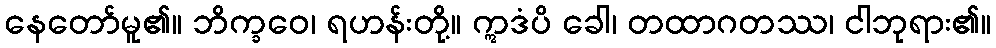
နေတော်မူ၏။ ဘိက္ခဝေ၊ ရဟန်းတို့။ ဣဒံပိ ခေါ၊ တထာဂတဿ၊ ငါဘုရား၏။